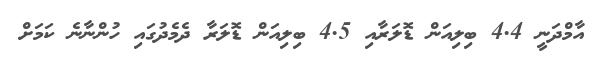
އާމްދަނީ 4.4 ބިލިއަން ޑޮލަރާއި 4.5 ބިލިއަން ޑޮލަރާ ދެމެދުގައި ހުންނާނެ ކަމަށް